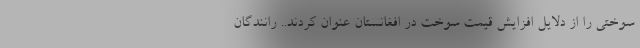
سوختی را از دلایل افزایش قیمت سوخت در افغانستان عنوان کردند.. رانندگان